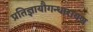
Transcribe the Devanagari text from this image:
प्रतिज्ञायौगन्धारायण